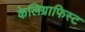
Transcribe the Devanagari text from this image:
केलिग्राफिस्ट